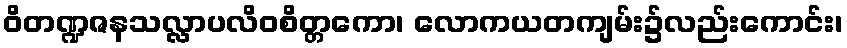
ဝိတဏ္ဍဇနသလ္လာပလိဝစိတ္တကော၊ လောကယတကျမ်း၌လည်းကောင်း၊